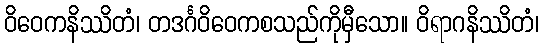
ဝိဝေကနိဿိတံ၊ တဒင်္ဂဝိဝေကစသည်ကိုမှီသော။ ဝိရာဂနိဿိတံ၊